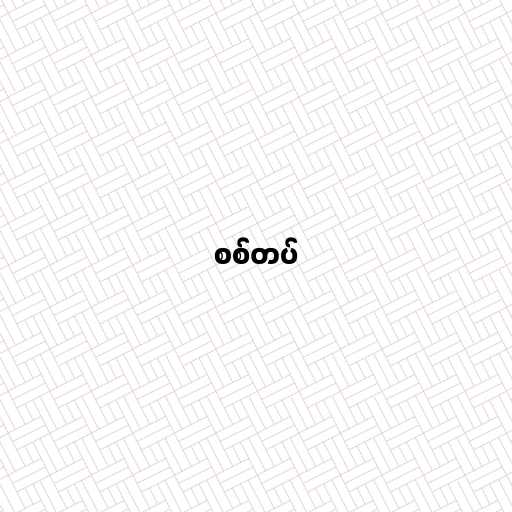
စစ်တပ်